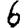
Digit: 6